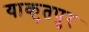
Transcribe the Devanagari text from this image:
याकुतपुर